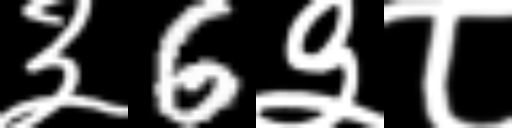
Text: ३6३८